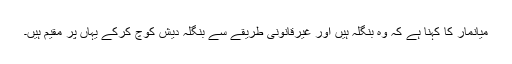
میانمار کا کہنا ہے کہ وہ بنگلہ ہیں اور غیرقانونی طریقے سے بنگلہ دیش کوچ کرکے یہاں پر مقیم ہیں۔